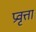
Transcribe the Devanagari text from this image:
प्रवृत्ता